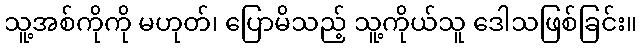
သူ့အစ်ကိုကို မဟုတ်၊ ပြောမိသည့် သူ့ကိုယ်သူ ဒေါသဖြစ်ခြင်း။